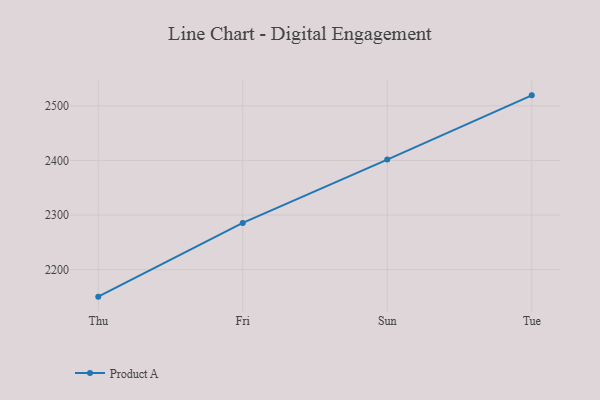
{"axis": {"x": "Day", "y": "Budget (USD K)"}, "legend": ["Product A"], "data": [{"x": "Thu", "y": 2150.5, "type": "Product A"}, {"x": "Fri", "y": 2285.5, "type": "Product A"}, {"x": "Sun", "y": 2401.6, "type": "Product A"}, {"x": "Tue", "y": 2519.2, "type": "Product A"}]}